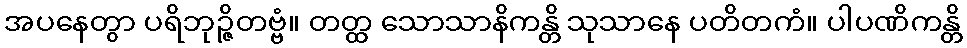
အပနေတွာ ပရိဘုဉ္ဇိတဗ္ဗံ။ တတ္ထ သောသာနိကန္တိ သုသာနေ ပတိတကံ။ ပါပဏိကန္တိ